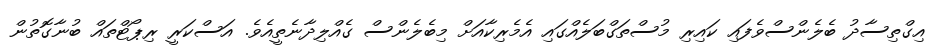
އިގްތިސާދު ބެލެންސްވެފައި ކައިރި މުސްތަގްބަލެއްގައި އެމެރިކާއަށް މިބެލެންސް ގެއްލިދާނެތީއެވެ. އަސްކަރީ ރިޕޯޓްތައް ބުނާގޮތުން